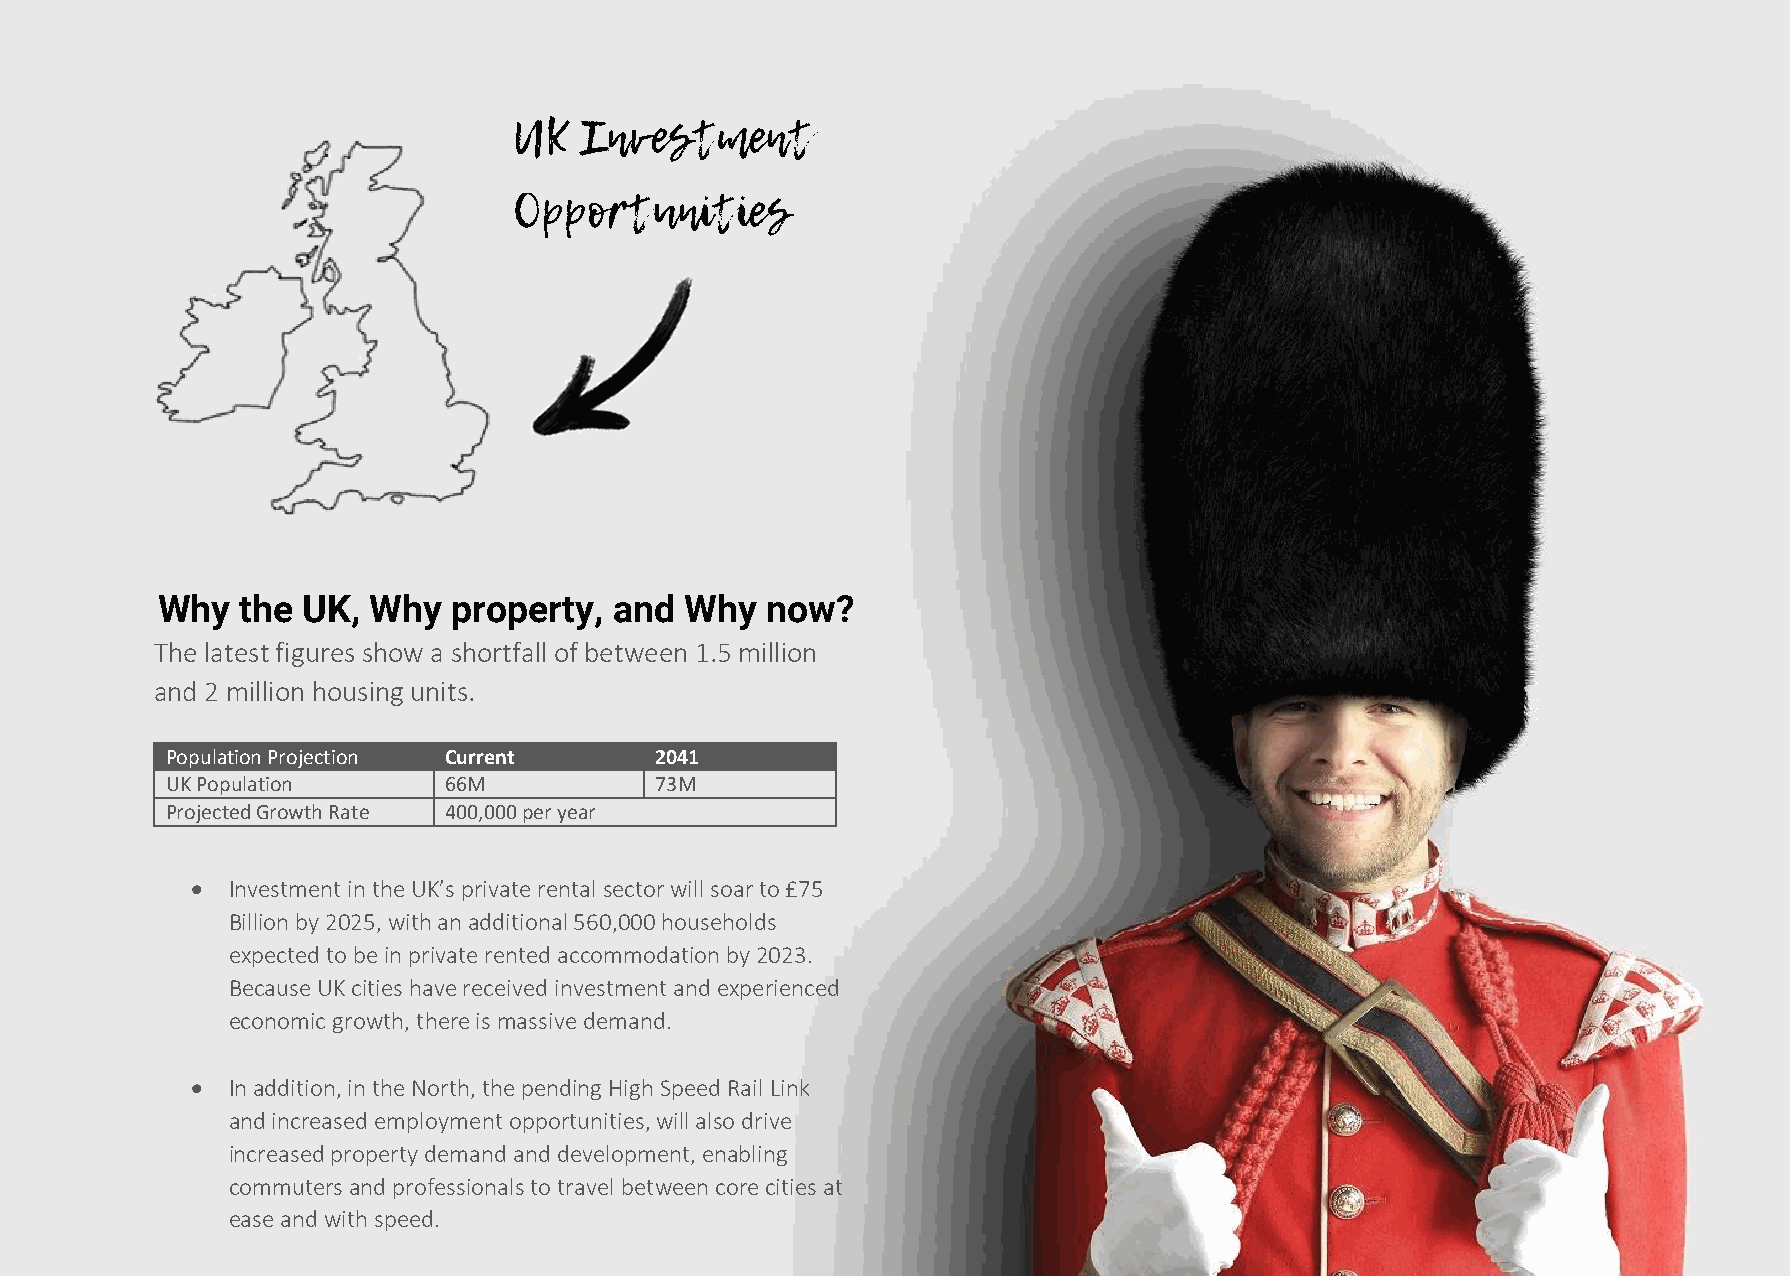
Why   the UK, Why   property,  and Why   now?
 The latest figures show a shortfall of between 1.5 million
 and 2 million housing units.
 Population Projection Current   2041
 UK Population     66M           73M
 Projected Growth Rate 400,000 per year
 • Investment in the UK’s private rental sector will soar to £75
 Billion by 2025, with an additional 560,000 households
 expected to be in private rented accommodation by 2023.
 Because UK cities have received investment and experienced
 economic growth, there is massive demand.
 • In addition, in the North, the pending High Speed Rail Link
 and increased employment opportunities, will also drive
 increased property demand and development, enabling
 commuters and professionals to travel between core cities at
 ease and with speed.